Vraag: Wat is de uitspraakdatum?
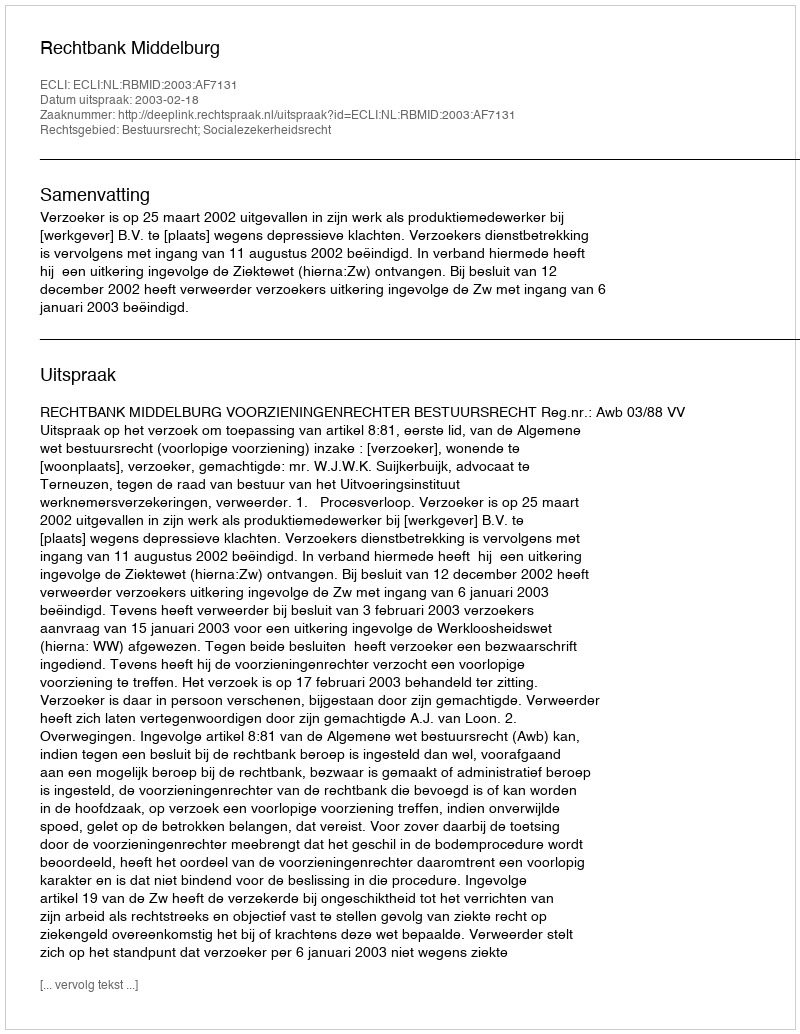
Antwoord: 2003-02-18